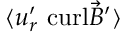
\langle { u } _ { r } ^ { \prime } \ \mathrm { c u r l } \vec { B } ^ { \prime } \rangle